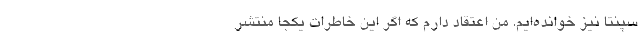
سپنتا نيز خوانده‌ايم. من اعتقاد دارم كه اگر اين خاطرات يكجا منتشر